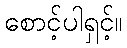
စောင့်ပါရှင့်။